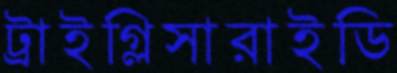
ট্রাইগ্লিসারাইডি